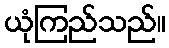
ယုံကြည်သည်။